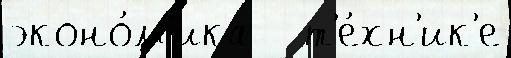
эконо́м'ика   т'е́хн'ик'е